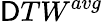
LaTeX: {\mathsf{D}TW}^{avg}